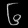
Digit: ၆